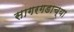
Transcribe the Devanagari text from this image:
सागरगडाच्या